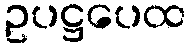
ဥပဋ္ဌပေထ